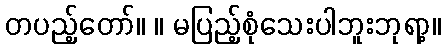
တပည့်တော်။ ။ မပြည့်စုံသေးပါဘူးဘုရာ့။